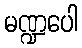
မဏ္ဍပေါ